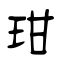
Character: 玵